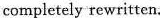
completely re written.